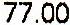
77.00